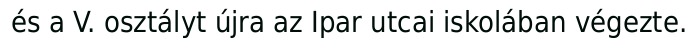
és a V. osztályt újra az Ipar utcai iskolában végezte.